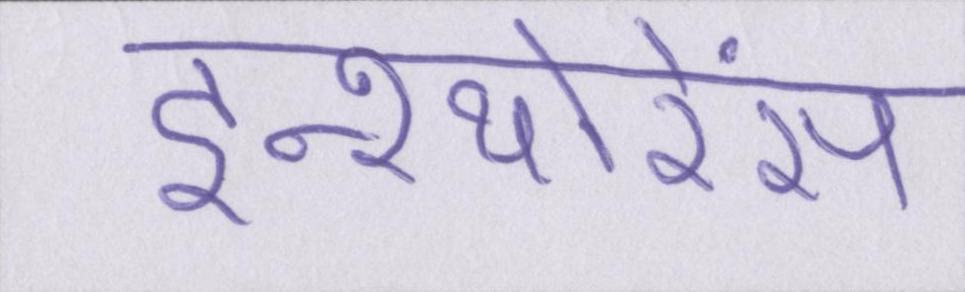
इन्श्योरेंस